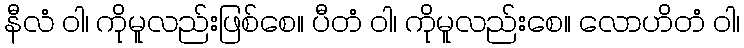
နီလံ ဝါ၊ ကိုမူလည်းဖြစ်စေ။ ပီတံ ဝါ၊ ကိုမူလည်းစေ။ လောဟိတံ ဝါ၊